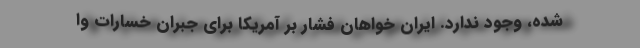
شده، وجود ندارد. ایران خواهان فشار بر آمریکا برای جبران خسارات وا